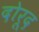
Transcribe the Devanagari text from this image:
दोरूद